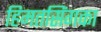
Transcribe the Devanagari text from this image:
हिमतसिंगका